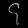
Digit: ၄